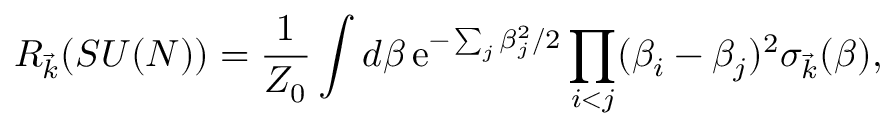
{ \cal R } _ { \vec { k } } ( S U ( N ) ) = { \frac { 1 } { Z _ { 0 } } } \int d \beta \, \mathrm { e } ^ { - \sum _ { j } \beta _ { j } ^ { 2 } / 2 } \prod _ { i < j } ( \beta _ { i } - \beta _ { j } ) ^ { 2 } \sigma _ { \vec { k } } ( \beta ) ,